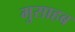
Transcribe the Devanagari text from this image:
मुसाहब